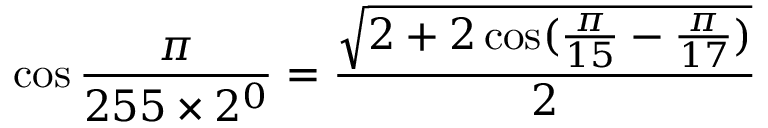
\cos { \frac { \pi } { 2 5 5 \times 2 ^ { 0 } } } = { \frac { \sqrt { 2 + 2 \cos ( { \frac { \pi } { 1 5 } } - { \frac { \pi } { 1 7 } } ) } } { 2 } }